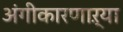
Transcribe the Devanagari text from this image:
अंगीकारणाऱ्या